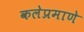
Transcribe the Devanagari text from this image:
कलेप्रमाणे